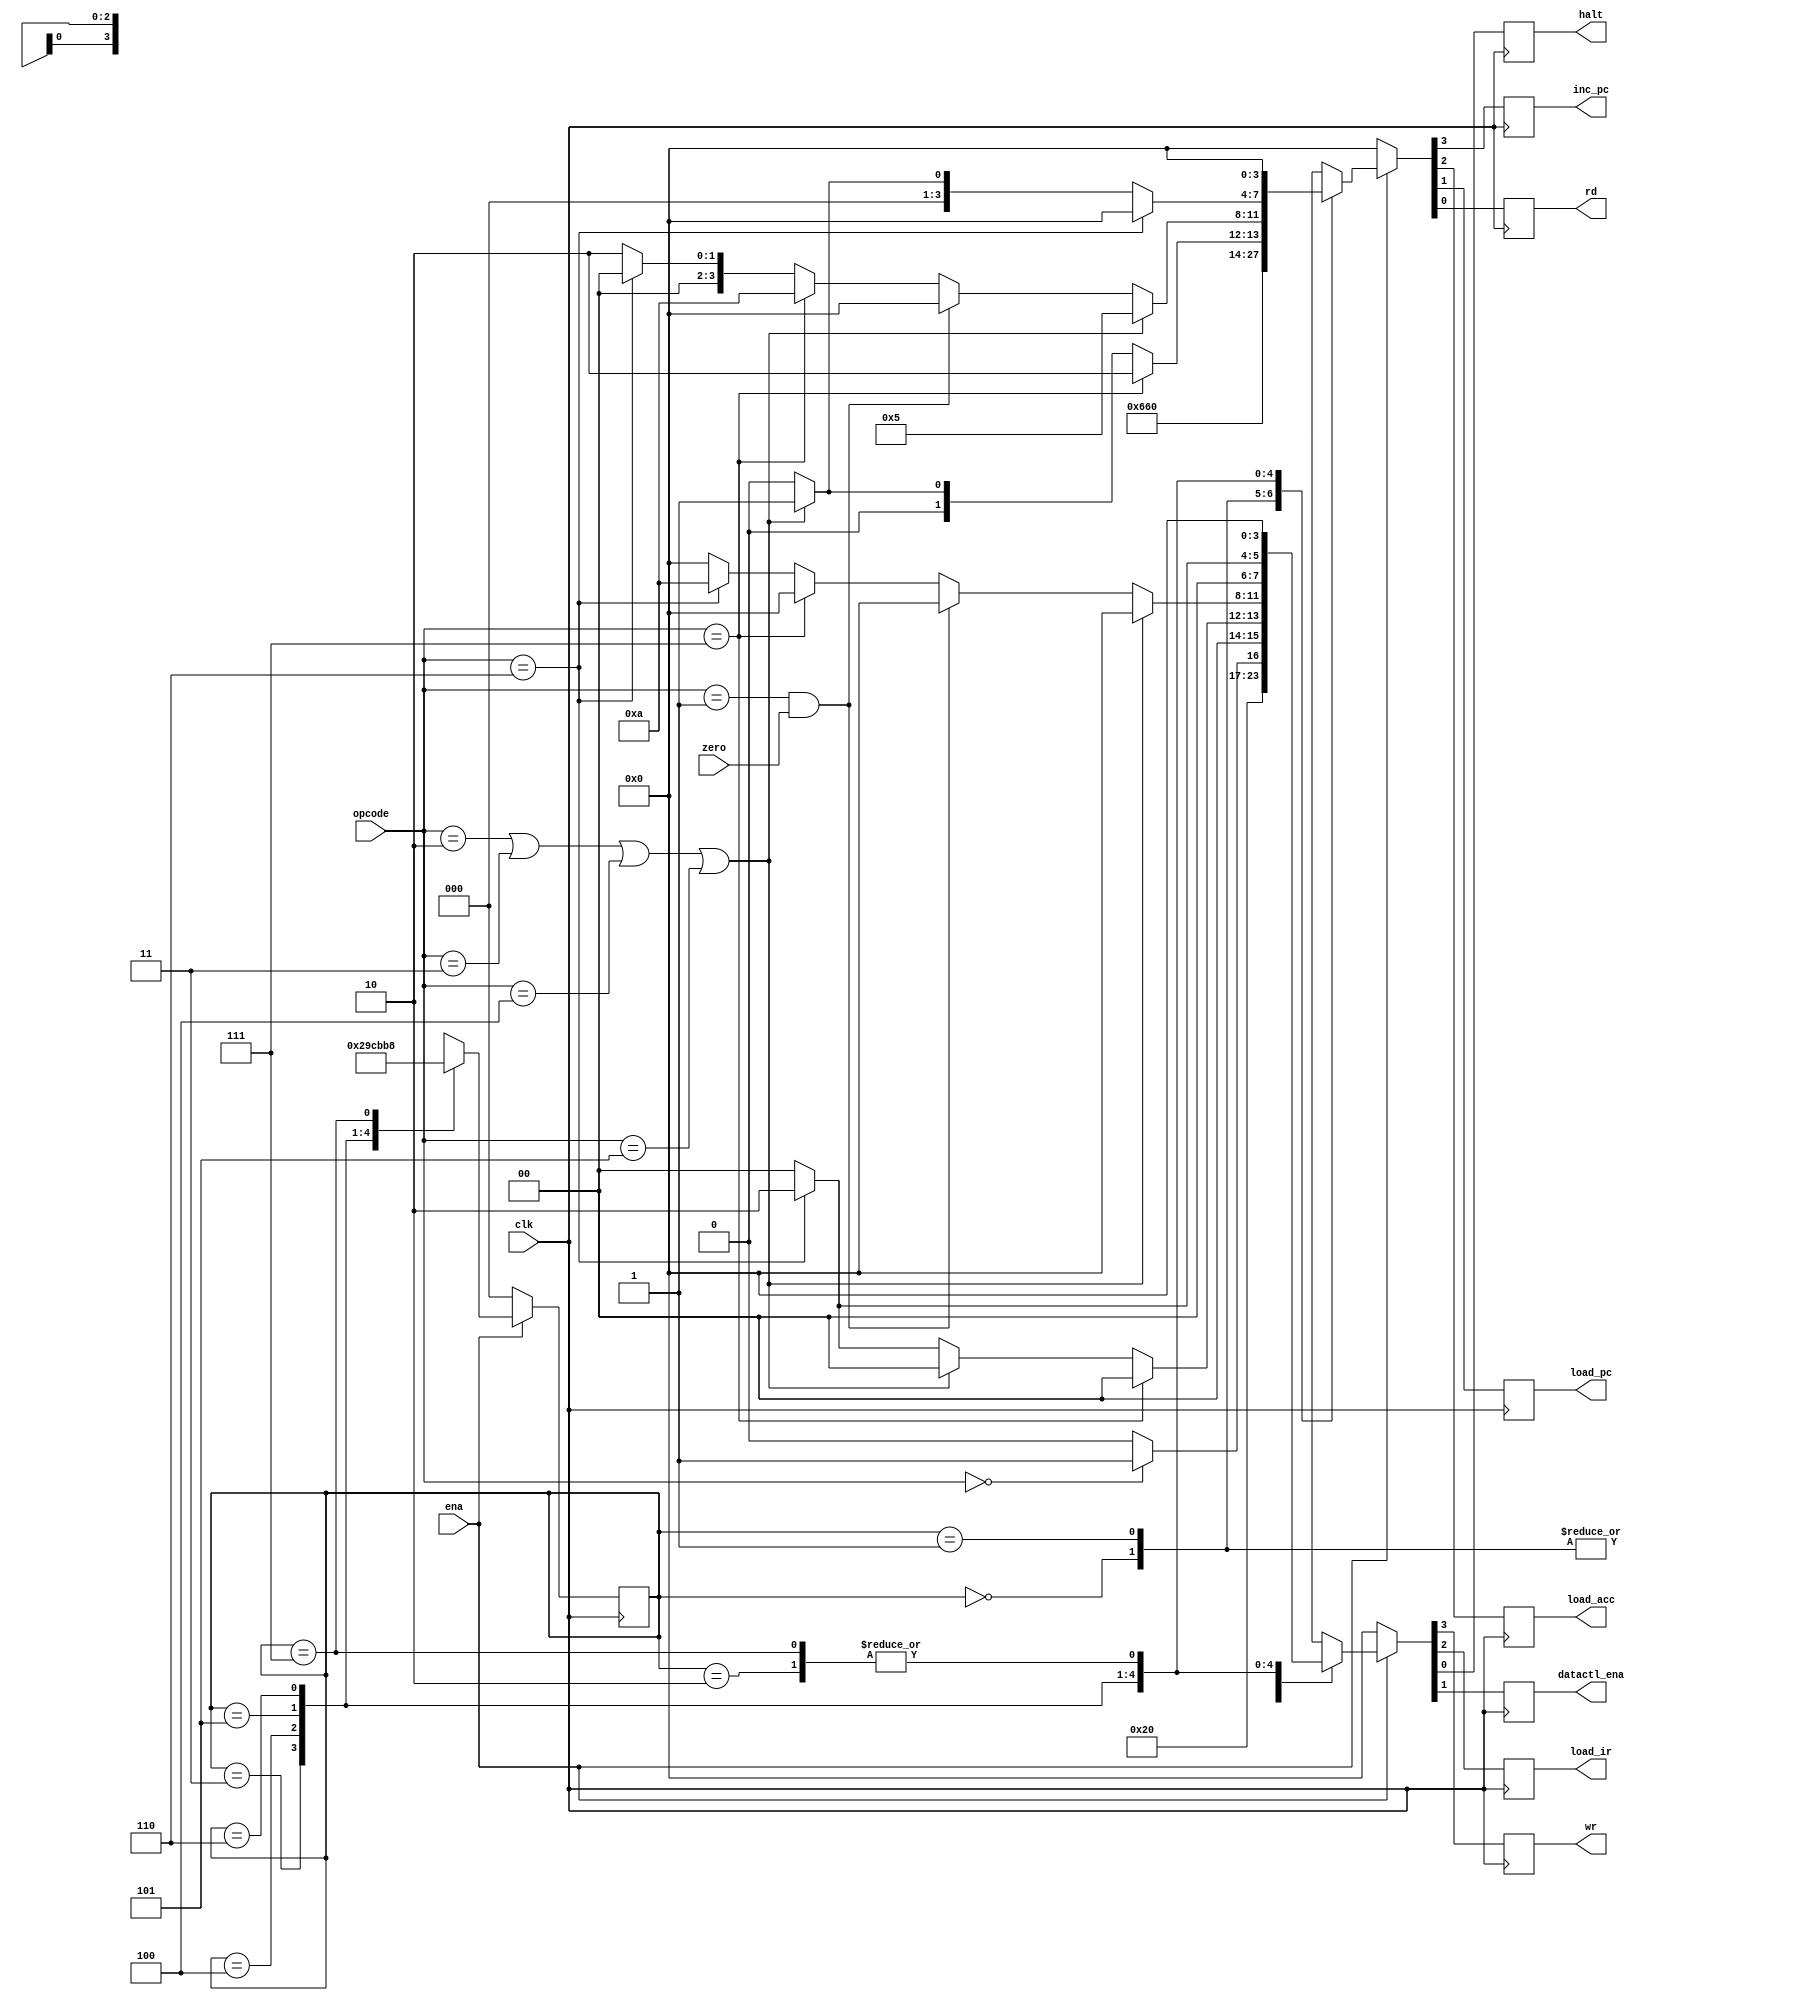
module machine(zero,clk,ena,opcode,inc_pc,load_acc,load_pc,rd,wr,load_ir,halt,datactl_ena);
input zero,clk,ena;
input [2:0]opcode;
output inc_pc,load_acc,load_pc,rd,wr,load_ir,halt,datactl_ena;
reg inc_pc,load_acc,load_pc,rd,wr,load_ir,halt,datactl_ena;
reg [2:0]state;
parameter HLT=3'b000,
	  SKZ=3'b001,
	  ADD=3'b010,
	  ANDD=3'b011,
	  XORR=3'b100,
	  LDA=3'b101,
	  STO=3'b110,
	  JMP=3'b111;
always@(negedge clk)
begin
  if(!ena)
    begin
      {inc_pc,load_acc,load_pc,rd}<=4'b0000;
      {wr,load_ir,datactl_ena,halt}<=4'b0000;
       state<=3'b000;
    end
  else
    ctl_cycle;
end
task ctl_cycle;
begin
casex(state)
3'b000:
	begin
          {inc_pc,load_acc,load_pc,rd}<=4'b0001;
          {wr,load_ir,datactl_ena,halt}<=4'b0100;
           state<=3'b001;
        end
3'b001:
	begin
          {inc_pc,load_acc,load_pc,rd}<=4'b1001;
          {wr,load_ir,datactl_ena,halt}<=4'b0100;
           state<=3'b010;
        end
3'b010:
	begin
          {inc_pc,load_acc,load_pc,rd}<=4'b0000;
          {wr,load_ir,datactl_ena,halt}<=4'b0000;
           state<=3'b011;
        end
3'b011:
	begin
	  if(opcode==HLT)
	    begin
              {inc_pc,load_acc,load_pc,rd}<=4'b1000;
              {wr,load_ir,datactl_ena,halt}<=4'b0001;
            end
	   else
	     begin
               {inc_pc,load_acc,load_pc,rd}<=4'b1000;
               {wr,load_ir,datactl_ena,halt}<=4'b0000;
             end
	  state<=3'b100;
        end
3'b100:
	begin
	  if(opcode==JMP)
	    begin
             {inc_pc,load_acc,load_pc,rd}<=4'b0010;
             {wr,load_ir,datactl_ena,halt}<=4'b0000;
            end
	  else
	    if(opcode==ADD||opcode==ANDD||opcode==XORR||opcode==LDA)
	     begin
             {inc_pc,load_acc,load_pc,rd}<=4'b0001;
             {wr,load_ir,datactl_ena,halt}<=4'b0000;
             end
            else
	     if(opcode==STO)
	     begin
              {inc_pc,load_acc,load_pc,rd}<=4'b0000;
              {wr,load_ir,datactl_ena,halt}<=4'b0010;
             end
	     else
	    	begin
             	{inc_pc,load_acc,load_pc,rd}<=4'b0000;
             	{wr,load_ir,datactl_ena,halt}<=4'b0000;
             	end
	    state<=3'b101;
        end
3'b101:
	begin
	  if(opcode==ADD||opcode==ANDD||opcode==XORR||opcode==LDA)
	    begin
             {inc_pc,load_acc,load_pc,rd}<=4'b0101;
             {wr,load_ir,datactl_ena,halt}<=4'b0000;
            end	
	  else
	    if(opcode==SKZ&&zero==1)
	    begin
             {inc_pc,load_acc,load_pc,rd}<=4'b10000;
             {wr,load_ir,datactl_ena,halt}<=4'b0000;
            end
	    else
	      if(opcode==JMP)
	    begin
             {inc_pc,load_acc,load_pc,rd}<=4'b1010;
             {wr,load_ir,datactl_ena,halt}<=4'b0000;
            end
              else
		if(opcode==STO)
	    	begin
             	{inc_pc,load_acc,load_pc,rd}<=4'b0000;
             	{wr,load_ir,datactl_ena,halt}<=4'b1010;
            	end
		else
	   	 begin
            	 {inc_pc,load_acc,load_pc,rd}<=4'b0010;
            	 {wr,load_ir,datactl_ena,halt}<=4'b0000;
           	 end
		state<=3'b110;
	end
3'b110:
	begin
	   if(opcode==STO)
	    	begin
             	{inc_pc,load_acc,load_pc,rd}<=4'b0000;
             	{wr,load_ir,datactl_ena,halt}<=4'b0010;
            	end
	   else
	    if(opcode==ADD||opcode==ANDD||opcode==XORR||opcode==LDA)
	    begin
             {inc_pc,load_acc,load_pc,rd}<=4'b0001;
             {wr,load_ir,datactl_ena,halt}<=4'b0000;
            end	
	 else
	    begin
             {inc_pc,load_acc,load_pc,rd}<=4'b0000;
             {wr,load_ir,datactl_ena,halt}<=4'b0000;
            end		  
	  state<=3'b111;
	end
3'b111:
	begin
	   if(opcode==SKZ&&zero==1)
	    begin
             {inc_pc,load_acc,load_pc,rd}<=4'b10000;
             {wr,load_ir,datactl_ena,halt}<=4'b0000;
            end
	   else
	    begin
             {inc_pc,load_acc,load_pc,rd}<=4'b0000;
             {wr,load_ir,datactl_ena,halt}<=4'b0000;
            end		  
	  state<=3'b000;
	end
default:
	    begin
             {inc_pc,load_acc,load_pc,rd}<=4'b0000;
             {wr,load_ir,datactl_ena,halt}<=4'b0000;
            	  
	  state<=3'b000;
	end
endcase
end
endtask
endmodule